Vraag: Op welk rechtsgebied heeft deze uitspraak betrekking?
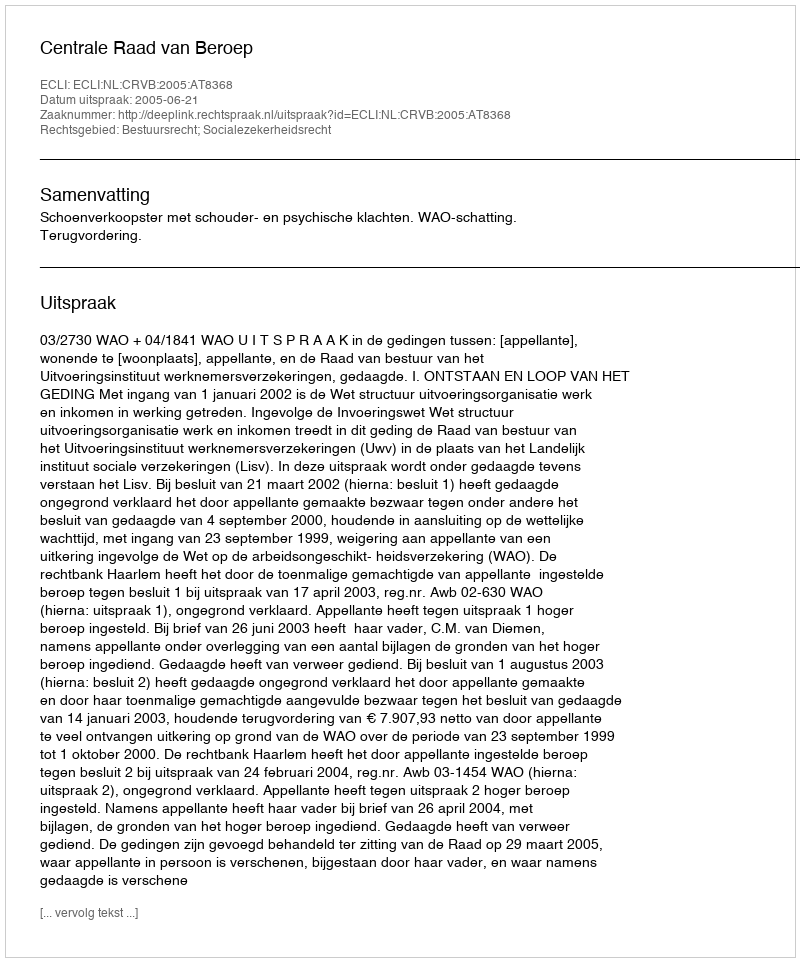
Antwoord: Bestuursrecht; Socialezekerheidsrecht